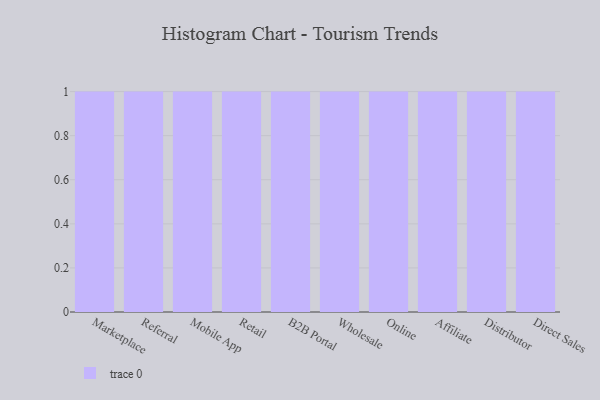
{"axis": {"x": "Channel", "y": "Churn Rate (%)"}, "legend": [""], "data": [{"x": "Marketplace", "y": 12, "type": ""}, {"x": "Referral", "y": 47, "type": ""}, {"x": "Mobile App", "y": 40, "type": ""}, {"x": "Retail", "y": 39, "type": ""}, {"x": "B2B Portal", "y": 24, "type": ""}, {"x": "Wholesale", "y": 72, "type": ""}, {"x": "Online", "y": 65, "type": ""}, {"x": "Affiliate", "y": 74, "type": ""}, {"x": "Distributor", "y": 89, "type": ""}, {"x": "Direct Sales", "y": 79, "type": ""}]}